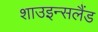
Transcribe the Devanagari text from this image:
शाउइन्सलैंड